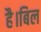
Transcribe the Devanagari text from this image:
है।बिल